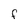
Character: F